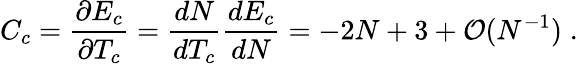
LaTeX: C_{c}=\frac{\partial E_{c}}{\partial T_{c}}=\frac{dN}{dT_{c}}\frac{dE_{c}}{dN}=-2N+3+{\cal O}(N^{-1})\; .